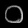
Digit: ၀